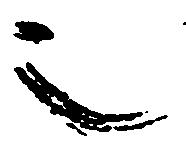
也